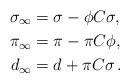
LaTeX: \begin{align*}\sigma_\infty &= \sigma - \phi C \sigma,\\\pi_\infty &= \pi - \pi C \phi,\\d_\infty &= d + \pi C \sigma\,.\end{align*}